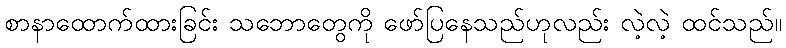
စာနာထောက်ထားခြင်း သဘောတွေကို ဖော်ပြနေသည်ဟုလည်း လဲ့လဲ့ ထင်သည်။